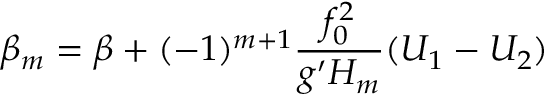
\beta _ { m } = \beta + ( - 1 ) ^ { m + 1 } \frac { f _ { 0 } ^ { 2 } } { g ^ { \prime } H _ { m } } ( U _ { 1 } - U _ { 2 } )